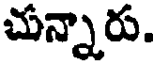
చున్నారు.